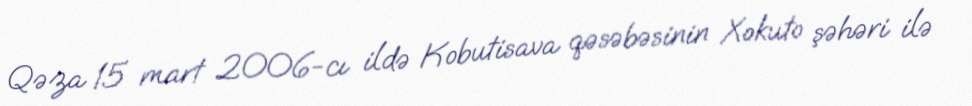
Qəza 15 mart 2006-cı ildə Kobutisava qəsəbəsinin Xokuto şəhəri ilə